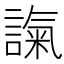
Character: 𧪢